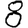
Digit: 8